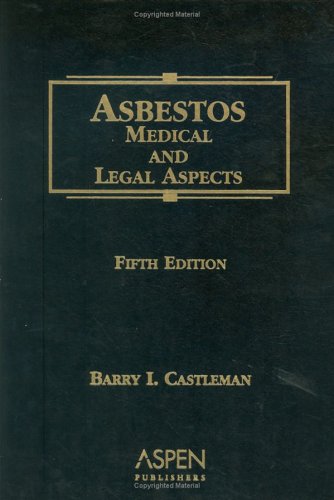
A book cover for Asbestos: Medical and Legal Aspects, Fifth Edition; Barry I. Castleman; Law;